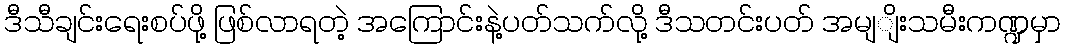
ဒီသီချင်းရေးစပ်ဖို့ ဖြစ်လာရတဲ့ အကြောင်းနဲ့ပတ်သက်လို့ ဒီသတင်းပတ် အမျျိးသမီးကဏ္ဍမှာ